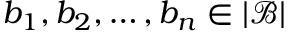
b _ { 1 } , b _ { 2 } , \dots , b _ { n } \in | { \mathcal { B } } |